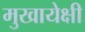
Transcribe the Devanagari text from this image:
मुखायेक्षी